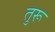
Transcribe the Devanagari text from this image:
तुरू